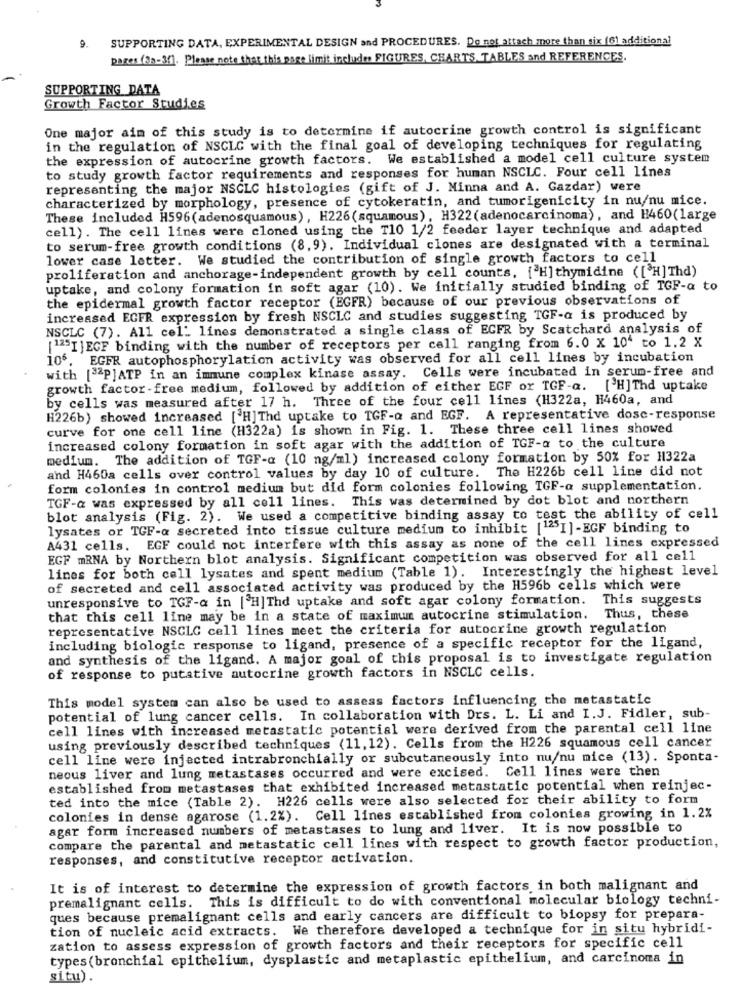
9.
SUPPORTING DATA, EXPERIMENTAL DESIGN and PROCEDURES. Do not attach more than six (61 additional
pares (33-31). Please note that this page limit includes FIGURES, CHARTS TABLES and REFERENCES.
SUPPORTING DATA
Growth Factor Studies
One major aim of this study is to determine if autocrine growth control is significant
in the regulation of NSCLC with the final goal of developing techniques for regulating
the expression of autocrine growth factors. We established a model cell culture system
to study growth factor requirements and responses for human NSCLC. Four cell lines
representing the major NSCLC histologies (gift of J. Minna and A. Gazdar) were
characterized by morphology, presence of cytokeratin, and tumorigenicity in nu/nu mice.
These included H596(adenosquamous) , H226(squamous), H322 (adenocarcinoma), and H460(large
cell) . The cell lines were cloned using the T10 1/2 feeder layer technique and adapted
to serum-free growth conditions (8,9). Individual clones are designated with a terminal
lower case letter. We studied the contribution of single growth factors to cell
proliferation and anchorage-independent growth by cell counts. [ H]thymidine ([ H] Thd)
uptake, and colony formation in soft agar (10). We initially studied binding of TGF-a to
the epidermal growth factor receptor (EGFR) because of our previous observations of
increased ECFR expression by fresh NSCLC and studies suggesting TGF-a is produced by
NSCLC (7). All cel' lines demonstrated a single class of ECFR by Scatchard analysis of
[125I ]EGF binding with the number of receptors per cell ranging from 6.0 x 104 to 1.2 X
106. EGFR autophosphorylation activity was observed for all cell lines by incubation
with [ P]ATP in an immune complex kinase assay. Cells were incubated in serum-free and
growth factor-free medium, followed by addition of either EGF or TGF-a. [ H]Thd uptake
by cells was measured after 17 h. Three of the four cell lines (H322a, H460a, and
H226b) showed increased [ H]Thd uptake to TGF-Q and EGF.
A representative dosc-response
curve for one cell line (H322a) is shown in Fig. 1. These three cell lines showed
increased colony formation in soft agar with the addition of TGF-a to the culture
medium. The addition of TGF-a (10 ng/ml) increased colony formation by 50% for H322a
and H460a cells over control values by day 10 of culture. The H226b cell line did not
form colonies in control medium but did form colonies following TGF-a supplementation.
TGF-a was expressed by all cell lines. This was determined by dot blot and northern
blot analysis (Fig. 2). We used a competitive binding assay to test the ability of cell
lysates or TGF-a secreted into tissue culture medium to inhibit ["2"I]-EGF binding to
A431 cells. EGF could not interfere with this assay as none of the cell lines expressed
EGF mRNA by Northern blot analysis. Significant competition was observed for all cell
lines for both cell lysates and spent medium (Table 1). Interestingly the highest level
of secreted and cell associated activity was produced by the H596b cells which were
unresponsive to TGF-a in [ H]Thd uptake and soft agar colony formation. This suggests
that this cell line may be in a state of maximum autocrine stimulation. Thus, these
representative NSCLC cell lines meet the criteria for autocrine growth regulation
including biologic response to ligand, presence of a specific receptor for the ligand,
and synthesis of the ligand. A major goal of this proposal is to investigate regulation
of response to putative autocrine growth factors in NSCLC cells.
This model system can also be used to assess factors influencing the metastatic
potential of lung cancer cells. In collaboration with Drs. L. Li and I.J. Fidler, sub-
cell lines with increased metastatic potential were derived from the parental cell line
using previously described techniques (11, 12). Cells from the H226 squamous cell cancer
cell line were injected intrabronchially or subcutaneously into nu/nu mice (13). Sponta-
neous liver and lung metastases occurred and were excised. Cell lines were then
established from metastases that exhibited increased metastatic potential when reinjec-
ted into the mice (Table 2). H226 cells were also selected for their ability to form
colonies in dense agarose (1.2%). Cell lines established from colonies growing in 1.2%
agar form increased numbers of metastases to lung and liver. It is now possible to
compare the parental and metastatic cell lines with respect to growth factor production,
responses, and constitutive receptor activation.
It is of interest to determine the expression of growth factors in both malignant and
premalignant cells. This is difficult to do with conventional molecular biology techni-
ques because premalignant cells and early cancers are difficult to biopsy for prepara-
tion of nucleic acid extracts. We therefore developed a technique for in situ hybridi-
zation to assess expression of growth factors and their receptors for specific cell
types (bronchial epithelium, dysplastic and metaplastic epithelium, and carcinoma in
situ).